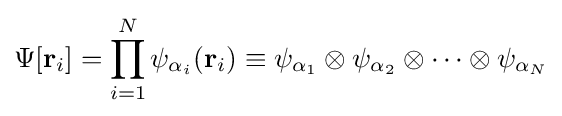
\Psi [\mathbf {r} _{i}]=\prod _{i=1}^{N}\psi _{\alpha _{i}}(\mathbf {r} _{i})\equiv \psi _{\alpha _{1}}\otimes \psi _{\alpha _{2}}\otimes \cdots \otimes \psi _{\alpha _{N}}